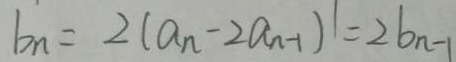
b _ { n } = 2 ( a _ { n } - 2 a _ { n - 1 } ) ^ { 1 } = 2 b _ { n - 1 }